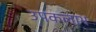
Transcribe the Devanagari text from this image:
उपकलाभ